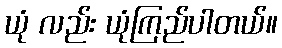
ယုံ လည်း ယုံကြည်ပါတယ်။